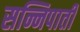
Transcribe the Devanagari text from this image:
सन्निपाती